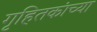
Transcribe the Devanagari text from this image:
गृहितकांच्या